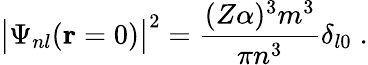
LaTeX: \big\vert\Psi_{nl}({\mathbf r}=0)\big\vert^{2}=\frac{(Z\alpha)^{3}m^{3}}{\pi n^{3}}\delta_{l0}\; .